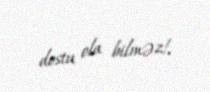
dostu ola bilməz!.